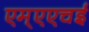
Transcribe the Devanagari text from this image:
एम्एएचई